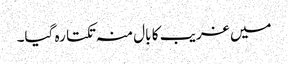
میں غریب کا بال منہ تکتا رہ گیا۔